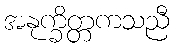
အနုက္ခိတ္တကသညီ